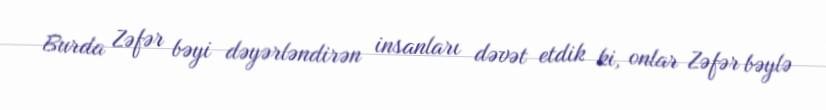
Burda Zəfər bəyi dəyərləndirən insanları dəvət etdik ki, onlar Zəfər bəylə